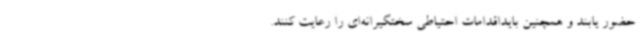
حضور یابند و همچنین بایداقدامات احتیاطی سختگیرانه‌ای را رعایت کنند.